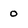
Character: 0